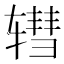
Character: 𫐕